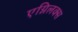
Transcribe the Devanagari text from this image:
एग्निलक्स